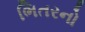
ભિતરનો